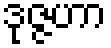
ဒုဇ္ဇဟာ